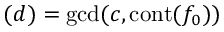
( d ) = \gcd ( c , \operatorname { c o n t } ( f _ { 0 } ) )